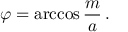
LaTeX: \varphi = \operatorname { a r c c o s } \frac { m } { a } \, .